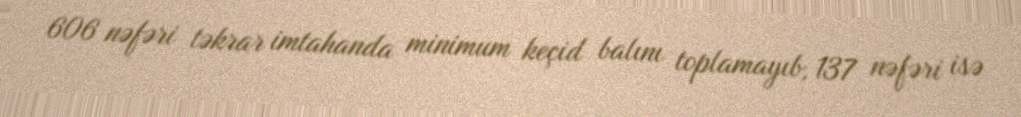
606 nəfəri təkrar imtahanda minimum keçid balını toplamayıb, 137 nəfəri isə